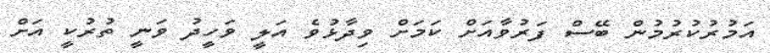
އަމުރުކުރުމުން ބޭސް ފަރުވާއަށް ކަމަށް ވިދާޅުވެ އަލީ ވަހީދު ވަނީ ތުރުކީ އަށް